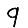
Digit: 9